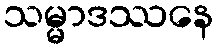
သမ္မာဒဿနေ